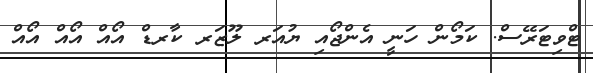
ޓްވިޓަރޭސް. ކަމޯން ހަނީ އެންޖޯއި ޔުއަރ ލޫޒަރ ކާރޑް އޯއް އޯއް އޯއް